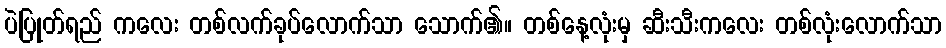
ပဲပြုတ်ရည် ကလေး တစ်လက်ခုပ်လောက်သာ သောက်၏။ တစ်နေ့လုံးမှ ဆီးသီးကလေး တစ်လုံးလောက်သာ